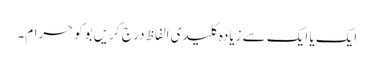
ایک یا ایک سے زیادہ کلیدی الفاظ درج کریں بوکوحرام۔